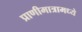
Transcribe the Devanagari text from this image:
प्राणीमात्रामध्ये